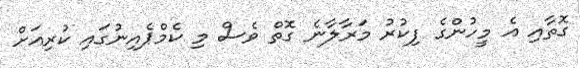
ގޮތާއި އެ މީހުންގެ ފިކުރު މަރާލާނެ ގޮތް ވެސް މި ކެމްޕެއިނުގައި ކުރިއަށް